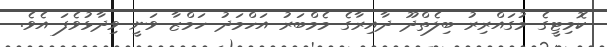
ކޮމިޓީގެ މުގައްރިރު ބިލެތްދޫ ދާއިރާގެ މެމްބަރު އަހްމަދު ހަމްޒާ ވަނީ ވިދާޅުވެފަ އެވެ.